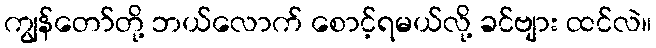
ကျွန်တော်တို့ ဘယ်လောက် စောင့်ရမယ်လို့ ခင်ဗျား ထင်လဲ။